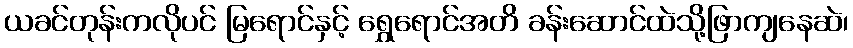
ယခင်တုန်းကလိုပင် မြရောင်နှင့် ရွှေရောင်အတိ ခန်းဆောင်ထဲသို့ဖြာကျနေဆဲ၊